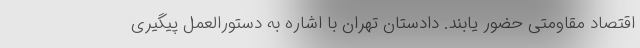
اقتصاد مقاومتی حضور یابند. دادستان تهران با اشاره به دستورالعمل پیگیری